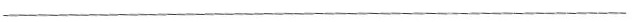
___